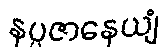
နပ္ပဇာနေယျံ